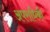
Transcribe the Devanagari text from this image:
अपराधिकी